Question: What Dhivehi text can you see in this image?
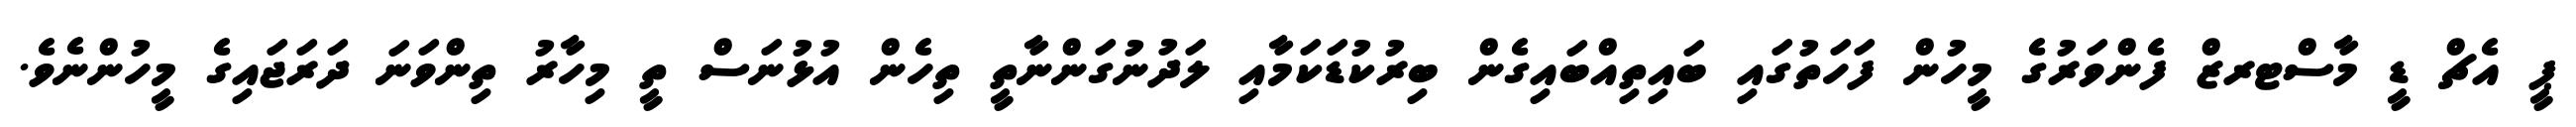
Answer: ޕީ އެޗް ޑީ މާސްޓރޒް ފެންވަރުގެ މީހުން ފަހަތުގައި ބައިތިއްބައިގެން ބިރުކުޑަކަމާއި ލަދުނުގަންނާތީ ތިހެން އުޅުނަސް ތީ މިހާރު ތިންވަނަ ދަރަޖައިގެ މީހުންނެވެ.